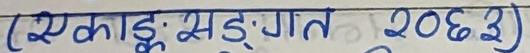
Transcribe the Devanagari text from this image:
(एकाङ्क: सङ्गत २०६३)